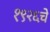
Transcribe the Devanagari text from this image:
१९२६चे